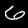
Digit: 6